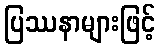
ပြဿနာများဖြင့်